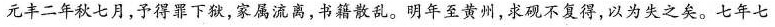
元丰二年秋七月，子得罪下狱，家属流离，书籍散乱。明年至黄州，求砚不复得，以为失之矣。七年七